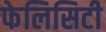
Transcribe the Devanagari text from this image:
फेलिसिटी